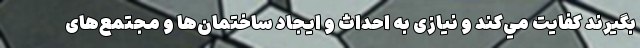
بگيرند كفايت مي‌كند و نیازی به احداث و ایجاد ساختمان‌ها و مجتمع‌های